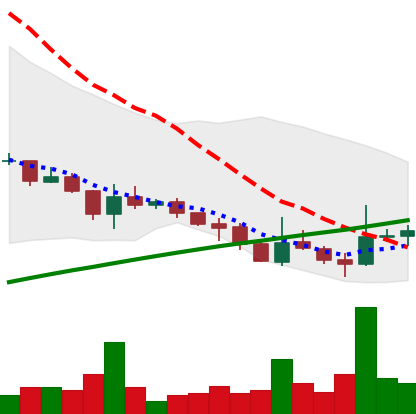
Ticker: DOGE-USD
Chart end date: 2021-07-23
Forward return: 5.457%
Label: up_5_7